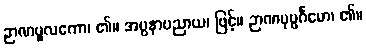
ဉာဏမူလကော၊ ၏။ အပ္ပနာပညာယ၊ ဖြင့်။ ဉာဏပုပ္ပင်္ဂမော၊ ၏။